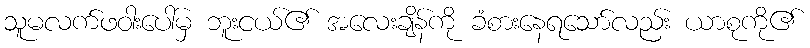
သူမလက်ဖဝါးပေါ်မှ ဘူးငယ်၏ အလေးချိန်ကို ခံစားနေရသော်လည်း ယာစုကို၏